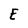
Character: E